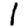
Digit: 1